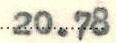
20.78